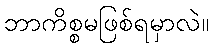
ဘာကိစ္စမဖြစ်ရမှာလဲ။